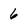
Character: 6